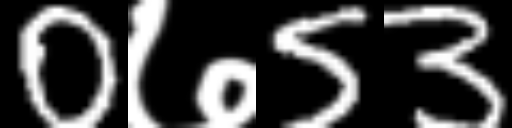
Text: 0७53